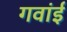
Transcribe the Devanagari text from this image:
गवांई